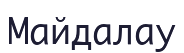
Майдалау